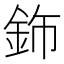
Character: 鉓